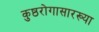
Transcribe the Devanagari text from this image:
कुष्ठरोगासारख्या